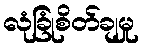
လုံခြုံစိတ်ချမှု